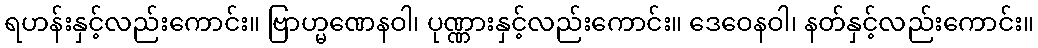
ရဟန်းနှင့်လည်းကောင်း။ ဗြာဟ္မဏေနဝါ၊ ပုဏ္ဏားနှင့်လည်းကောင်း။ ဒေဝေနဝါ၊ နတ်နှင့်လည်းကောင်း။